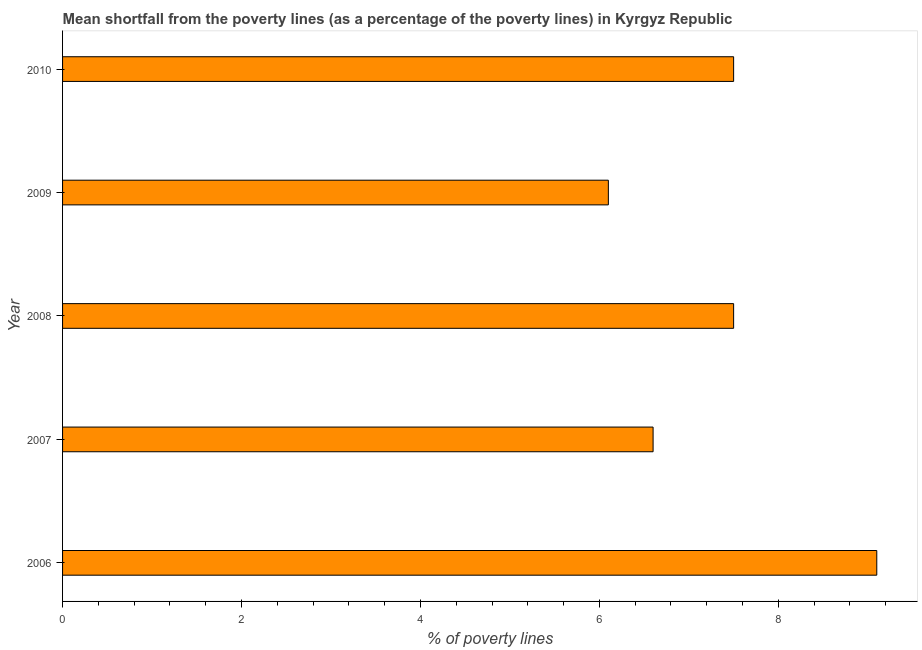
| Year | Poverty gap at national poverty lines |
 | --- | --- |
 | 2006 | 9.1 |
 | 2007 | 6.6 |
 | 2008 | 7.5 |
 | 2009 | 6.1 |
 | 2010 | 7.5 |